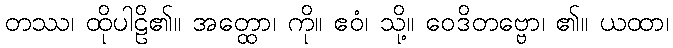
တဿ၊ ထိုပါဠိ၏။ အတ္ထော၊ ကို။ ဧဝံ၊ သို့။ ဝေဒိတဗ္ဗော၊ ၏။ ယထာ၊